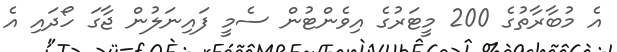
އެ މުބާރާތުގެ 200 މީޓަރުގެ އިވެންޓުން ސެމީ ފައިނަލުން ޖާގަ ހޯދައި އެ